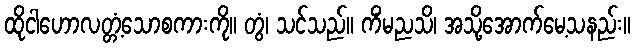
ထိုငါဟောလတ္တံ့သောစကားကို။ တွံ၊ သင်သည်။ ကိံမညသိ၊ အသို့အောက်မေ့သနည်း။